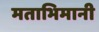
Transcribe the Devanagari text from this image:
मताभिमानी